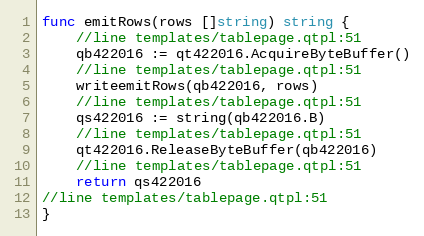
Language: Go
func emitRows(rows []string) string {
	//line templates/tablepage.qtpl:51
	qb422016 := qt422016.AcquireByteBuffer()
	//line templates/tablepage.qtpl:51
	writeemitRows(qb422016, rows)
	//line templates/tablepage.qtpl:51
	qs422016 := string(qb422016.B)
	//line templates/tablepage.qtpl:51
	qt422016.ReleaseByteBuffer(qb422016)
	//line templates/tablepage.qtpl:51
	return qs422016
//line templates/tablepage.qtpl:51
}